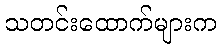
သတင်းထောက်များက